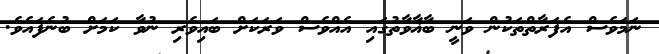
ނަމަވެސް އެފަރާތްތަކުން ވަނީ ބާޣާވާތުގައި އެއްވެސް ވަރަކަށް ބައިވެރި ނުވާ ކަމަށް ބުނެފައެވެ.